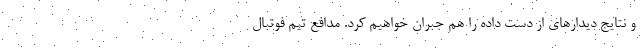
و نتایج دیدارهای از دست داده را هم جبران خواهیم کرد. مدافع تیم فوتبال